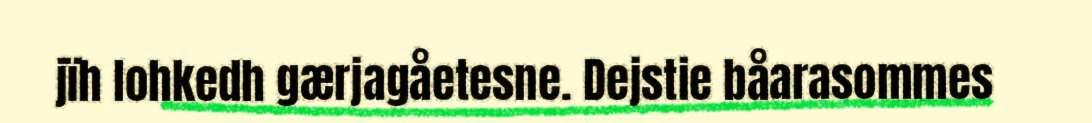
jïh lohkedh gærjagåetesne. Dejstie båarasommes